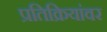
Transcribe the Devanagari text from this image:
प्रतिक्रियांवर